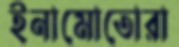
ইনামোতোরা